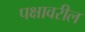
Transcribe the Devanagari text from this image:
पक्षावरील